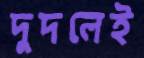
দুদলেই